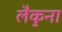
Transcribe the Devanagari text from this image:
लैकुना